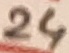
Text: 24